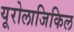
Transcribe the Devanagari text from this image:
यूरोलाजिकिल